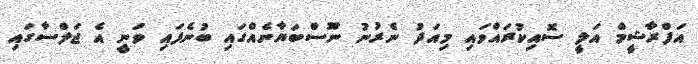
އަފްރާޝީމް އަލީ ސޮއިކުރައްވައި މިއަދު ނެރުނު ނޫސްބަޔާނެއްގައި ބުނެފައި ވަނީ އެ ޖަލްސާގައި